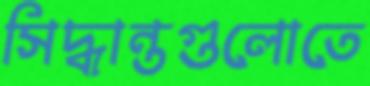
সিদ্ধান্তগুলোতে